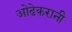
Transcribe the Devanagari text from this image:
ओढेकरानी